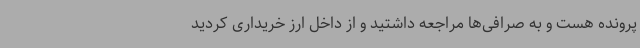
پرونده هست و به صرافی‌ها مراجعه داشتید و از داخل ارز خریداری کردید